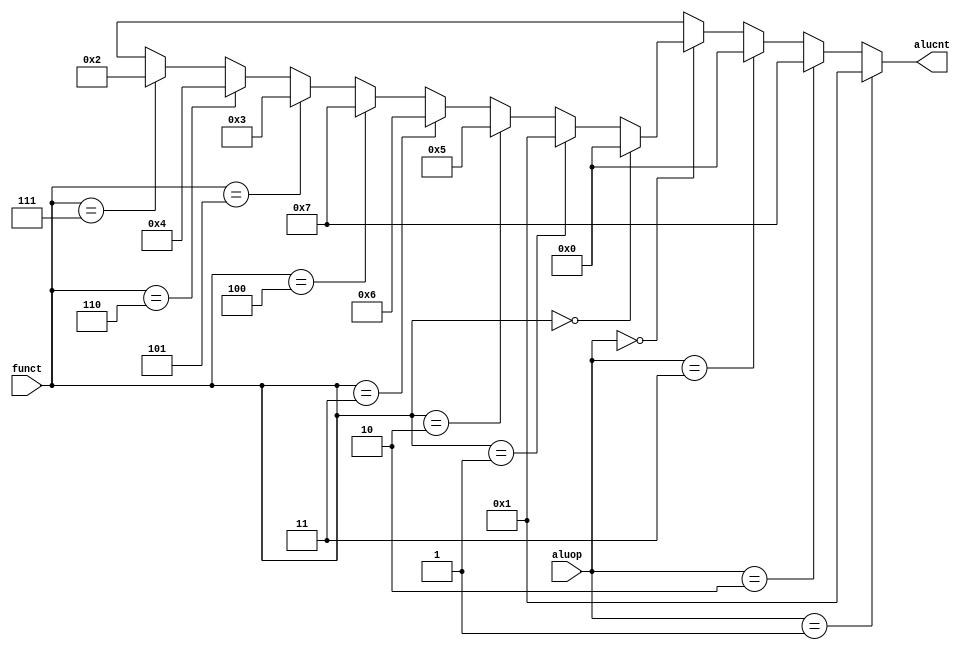
`timescale 1ns / 1ps

module alu_control_unit(
	input [2:0] aluop,
	input [5:0] funct,
	output [3:0] alucnt
	);

	assign alucnt = aluop == 3'b001 ? 4'b0001 :
						 aluop == 3'b010 ? 4'b0111 :
						 aluop == 3'b011 ? 4'b0000 :
						 aluop == 3'b000 ?
						 funct == 6'b000000 ? 4'b0000 :
						 funct == 6'b000001 ? 4'b0001 :
						 funct == 6'b000010 ? 4'b0101 :
						 funct == 6'b000011 ? 4'b0110 :
						 funct == 6'b000100 ? 4'b0111 :
						 funct == 6'b000101 ? 4'b0011 :
						 funct == 6'b000110 ? 4'b0100 :
						 funct == 6'b000111 ? 4'b0010 : 4'bxxxx : 4'bxxxx;


endmodule